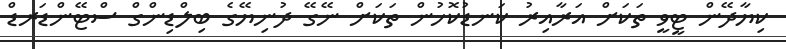
ކިޔާދޭން ޓީވީ ތަކަށް އަރާއިރު ކަނޑުކޮހުން ތަކަށް ނޭގޭ ދުނިޔޭގެ ބިލްޑިންގް ސްޓޭންޑަރޑް